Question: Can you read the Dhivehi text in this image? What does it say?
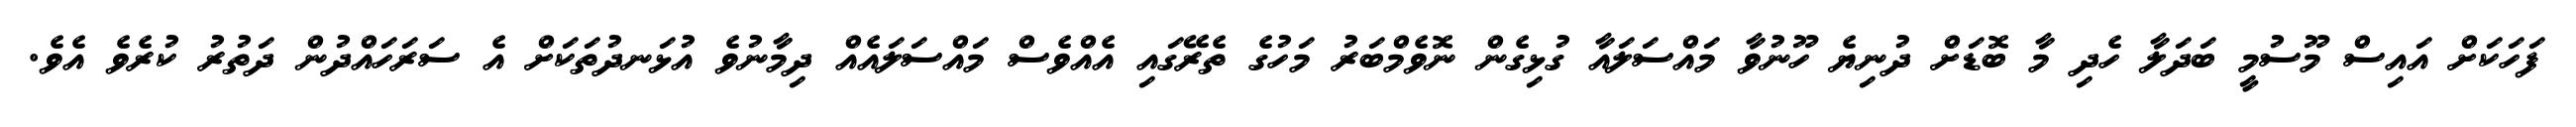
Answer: ފަހަކަށް އައިސް މޫސުމީ ބަދަލާ ހެދި މާ ބޮޑަށް ދުނިޔެ ހޫނުވާ މައްސަލައާ ގުޅިގެން ނޮވެމްބަރު މަހުގެ ތެރޭގައި އެއްވެސް މައްސަލައެއް ދިމާނުވެ އުޅަނދުތަކަށް އެ ސަރަހައްދުން ދަތުރު ކުރެވެ އެވެ.